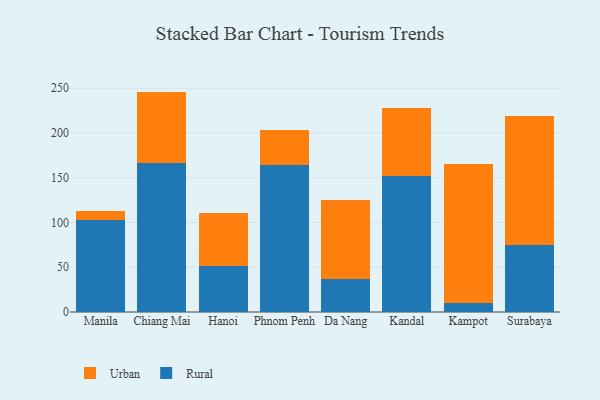
{"axis": {"x": "City", "y": "Temperature (°C)"}, "legend": ["Rural", "Urban"], "data": [{"x": "Manila", "y": 102.4, "type": "Rural"}, {"x": "Manila", "y": 10.8, "type": "Urban"}, {"x": "Chiang Mai", "y": 166.4, "type": "Rural"}, {"x": "Chiang Mai", "y": 79.9, "type": "Urban"}, {"x": "Hanoi", "y": 51.4, "type": "Rural"}, {"x": "Hanoi", "y": 59.5, "type": "Urban"}, {"x": "Phnom Penh", "y": 164.8, "type": "Rural"}, {"x": "Phnom Penh", "y": 38.8, "type": "Urban"}, {"x": "Da Nang", "y": 37.1, "type": "Rural"}, {"x": "Da Nang", "y": 88.0, "type": "Urban"}, {"x": "Kandal", "y": 152.5, "type": "Rural"}, {"x": "Kandal", "y": 75.3, "type": "Urban"}, {"x": "Kampot", "y": 10.3, "type": "Rural"}, {"x": "Kampot", "y": 155.4, "type": "Urban"}, {"x": "Surabaya", "y": 74.5, "type": "Rural"}, {"x": "Surabaya", "y": 144.5, "type": "Urban"}]}